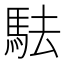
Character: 䮃